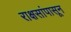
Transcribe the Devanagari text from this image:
राक्षसांपासून